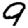
Digit: 9